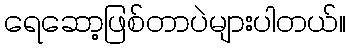
ရေဆော့ဖြစ်တာပဲများပါတယ်။